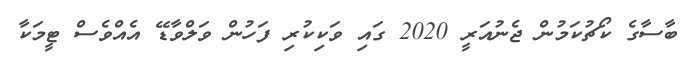
ބާސާގެ ކޯޗުކަމުން ޖެނުއަރީ 2020 ގައި ވަކިކުރި ފަހުން ވަލްވާޑޭ އެއްވެސް ޓީމަކާ